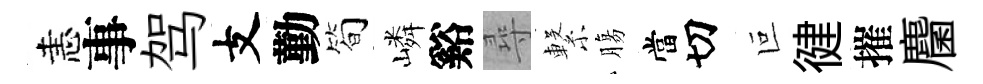
恚事驾支勤简嶙谿尋繋膓當切叵徤摧麕